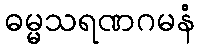
ဓမ္မသရဏဂမနံ